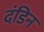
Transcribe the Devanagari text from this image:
दंडिन